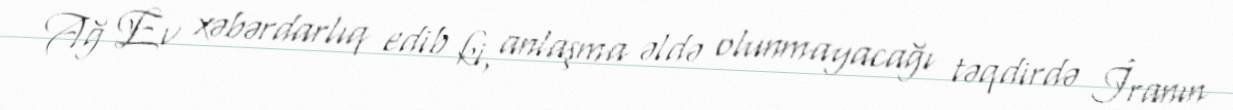
Ağ Ev xəbərdarlıq edib ki, anlaşma əldə olunmayacağı təqdirdə İranın